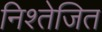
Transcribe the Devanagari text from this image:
निश्तेजित